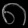
Digit: ၈